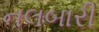
નલબારી